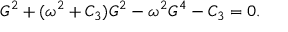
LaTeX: G ^ { 2 } + ( \omega ^ { 2 } + C _ { 3 } ) G ^ { 2 } - \omega ^ { 2 } G ^ { 4 } - C _ { 3 } = 0 .